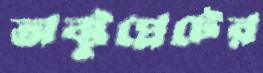
অক্টুপ্লেটের